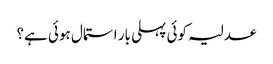
عدلیہ کوئی پہلی بار استمال ہوئی ہے؟